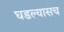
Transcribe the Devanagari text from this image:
घडल्यासच